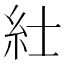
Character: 𥾘